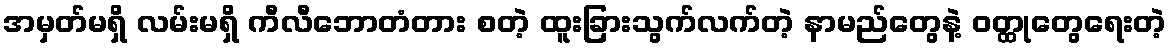
အမှတ်မရှိ လမ်းမရှိ ကီလီဘောတံတား စတဲ့ ထူးခြားသွက်လက်တဲ့ နာမည်တွေနဲ့ ဝတ္ထုတွေရေးတဲ့